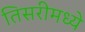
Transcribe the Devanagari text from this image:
तिसरीमध्ये